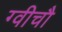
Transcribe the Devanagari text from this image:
ग्वीचौ